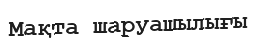
Мақта шаруашылығы